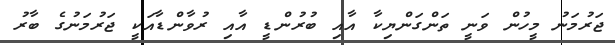
ޖަރުމަނު މީހުން ވަނީ ތަންގަންޔިކާ އާއި ބުރުންޑީ އާއި ރުވާންޑާއަކީ ޖަރުމަނުގެ ބާރު